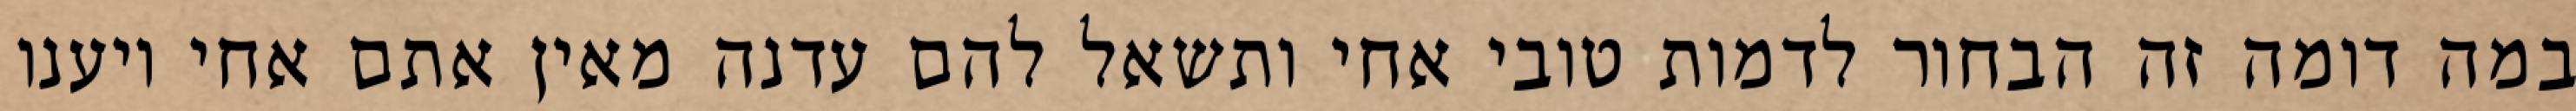
במה דומה זה הבחור לדמות טובי אחי ותשאל להם עדנה מאין אתם אחי ויענו